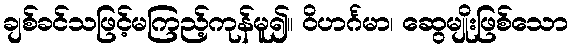
ချစ်ခင်သဖြင့်မကြည့်ကုန်မူ၍။ ဝိဟင်္ဂမာ၊ ဆွေမျိုးဖြစ်သော